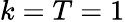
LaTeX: k=T=1